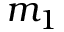
m _ { 1 }